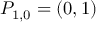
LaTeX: P _ { 1 , 0 } = ( 0 , 1 )